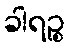
ခါရဉ္စ